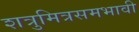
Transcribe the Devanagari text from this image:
शत्रुमित्रसमभावी